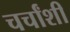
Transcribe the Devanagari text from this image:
चर्चांशी